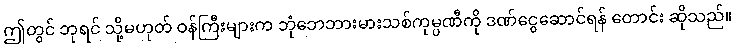
ဤတွင် ဘုရင် သို့မဟုတ် ဝန်ကြီးများက ဘုံဘေဘားမားသစ်ကုမ္ပဏီကို ဒဏ်ငွေဆောင်ရန် တောင်း ဆိုသည်။